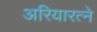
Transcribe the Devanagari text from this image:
अरियारत्ने